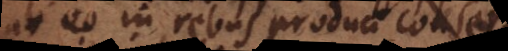
ab eo in rebus produci